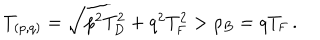
T _ { ( p , q ) } = \sqrt { p _ { \vphantom D } ^ { 2 } T _ { \mathrm { D } } ^ { 2 } + q _ { \vphantom D } ^ { 2 } T _ { \mathrm { F } } ^ { 2 } } > \rho _ { B } = q T _ { \mathrm { F } } \, .